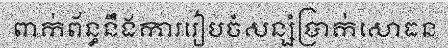
ពាក់ព័ន្ធនឹងការរៀបចំសន្សំប្រាក់សោធន